Report on sanitation, dispensaries, and jails in Rajputana for 1910, and on vaccination for the year 1910-1911 - 1910-1911
Year: 1910
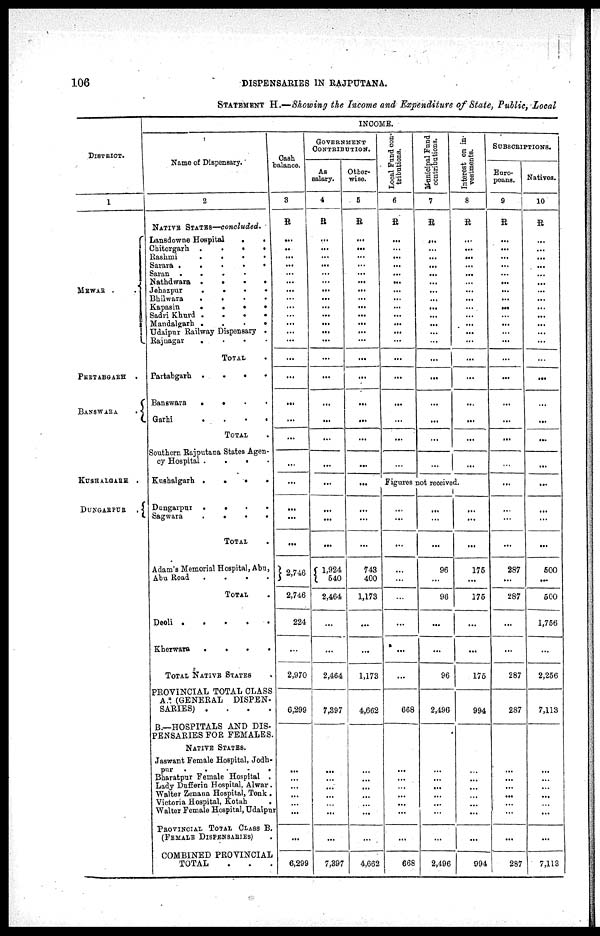
106
DISPENSARIES IN RAJPUTANA.
STATEMENT H.—Showing the Income and Expenditure of State, Public, Local
DISTRICT.
1
MEWAR .
.
PERTABGARH .
BANSWARA
.
KUSHALGARH .
DUNGARPUR
.
INCOME.
Name of Dispensary.
2
NATIVE STATES—concluded.
Lansdowne Hospital
.
.
Chitorgarh
.
.
Rashmi
.
.
. .
Sarara .
.
.
.
.
Saran
.
. . .
Nathdwara
.
.
. .
Jehazpur
.
. . .
Bhilwara
.
.
.
.
Kapasin
.
.
.
.
Sadri Khurd .
.
.
.
Mandalgarh .
.
.
.
Udaipur Railway Dispensary .
Rajnagar
. . . .
TOTAL .
Partabgarh
.
. . .
Banawara
.
. . .
Garhi
.
.
.
.
TOTAL .
Southern Rajputana States Agen-
cy Hospital
. . . .
Kushalgarh .
.
.
.
Dungarpur
. . . .
Sagwara
.
.
.
.
TOTAL .
Adam'a Memorial Hospital, Abu,
Abu Road
.
.
.
.
TOTAL .
Deoli .
.
.
.
.
Kherwara
.
.
.
.
TOTAL NATIVE STATES .
PROVINCIAL TOTAL CLASS
A. . (GENERAL
DISPEN-
SARIES) .
.
.
.
B.—HOSPITALS AND DIS¬
PENSARIES FOR FEMALES.
NATIVE STATES.
Jaswant Female Hospital, Jodh¬
pur
. . . . .
Bharatpur Female Hospital .
Lady Dufferin Hospital, Alwar .
Walter Zenana Hospital, Tonk .
Victoria Hospital, Kotah
.
Walter Female Hospital, Udaipur
PROVINCIAL TOTAL CLASS B.
(FEMALE DISPENSARIES).
COMBINED PROVINCIAL
TOTAL . . .
Cash
balance.
3
R
...
..
...
...
...
...
...
...
...
...
...
...
...
...
...
...
...
...
...
...
...
...
...
2,746
2,746
224
...
2,970
6,299
...
...
...
...
...
...
...
6,299
GOVERNMENT
CONTRIBUTION.
As
salary.
4
R
...
...
...
...
...
...
...
...
...
...
...
...
...
...
...
...
...
...
...
...
...
...
...
1,924
540
2,464
...
...
2,464
7,397
...
...
...
...
...
...
...
7,397
Other-
wise.
5
R
...
...
...
...
...
...
...
...
...
...
...
...
...
...
...
...
...
...
...
...
...
...
...
743
400
1,173
...
...
1,173
4,662
...
...
...
...
...
...
...
4,662
Local Fund con-
tributions.
6
R
...
...
...
...
...
...
...
...
...
...
...
...
...
...
...
...
...
...
...
Municipal Fund
contributions.
7
R
...
...
...
...
...
...
...
...
...
...
...
...
...
...
...
...
...
...
...
Interest on in-
vestments.
8
R
...
...
...
...
...
... ...
...
...
...
...
...
...
...
...
...
...
...
...
Figures not received.
...
...
...
...
...
...
...
...
...
668
...
...
...
...
...
...
...
668
...
...
...
96
...
96
...
...
96
2,496
...
...
...
...
...
...
...
2,496
...
...
...
175
...
175
...
...
175
994
...
...
...
...
...
...
...
994
SUBSCRIPTIONS.
Euro-
peans.
9
R
...
...
...
...
...
...
...
...
...
...
...
...
...
...
...
...
...
...
...
...
...
...
...
287
...
287
...
...
287
287
...
...
...
...
...
...
...
287
Natives.
10
R
...
...
...
...
...
...
...
...
...
...
...
...
...
...
...
...
...
...
...
...
...
...
...
500
...
500
1,756
...
2,256
7,113
...
...
...
...
...
...
...
7,113